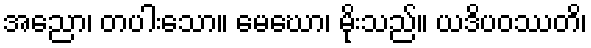
အညော၊ တပါးသော။ မေဃော၊ မိုးသည်။ ယဒိပဝဿတိ၊